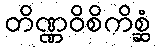
တိဏ္ဏဝိစိကိစ္ဆံ